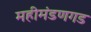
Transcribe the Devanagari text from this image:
महीमंडणगड